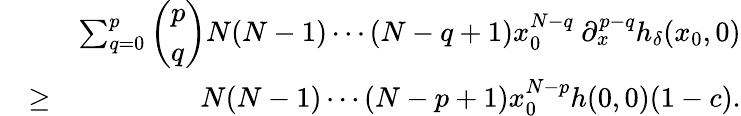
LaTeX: \begin{array}{rlr}&{}&{\sum_{q=0}^{p}\left(\begin{array}{l}{p}\\ {q}\end{array}\right)N(N-1)\cdots(N-q+1)x_{0}^{N-q}\ \partial_{x}^{p-q}h_{\delta}(x_{0},0)}\\ &{\geq}&{N(N-1)\cdots(N-p+1)x_{0}^{N-p}h(0,0)(1-c).}\end{array}